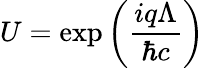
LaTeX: U=\exp\left({\frac{iq\Lambda}{\hbar c}}\right)